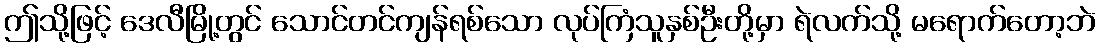
ဤသို့ဖြင့် ဒေလီမြို့တွင် သောင်တင်ကျန်ရစ်သော လုပ်ကြံသူနှစ်ဦးတို့မှာ ရဲလက်သို့ မရောက်တော့ဘဲ